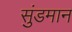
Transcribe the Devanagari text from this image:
सुंडमान